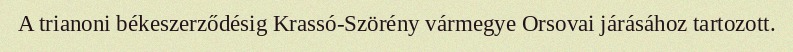
A trianoni békeszerződésig Krassó-Szörény vármegye Orsovai járásához tartozott.